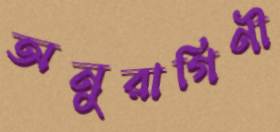
অনুরাগিণী